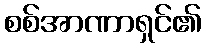
စစ်အာဏာရှင်၏